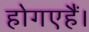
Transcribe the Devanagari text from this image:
होगएहैं।